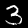
Label: 3